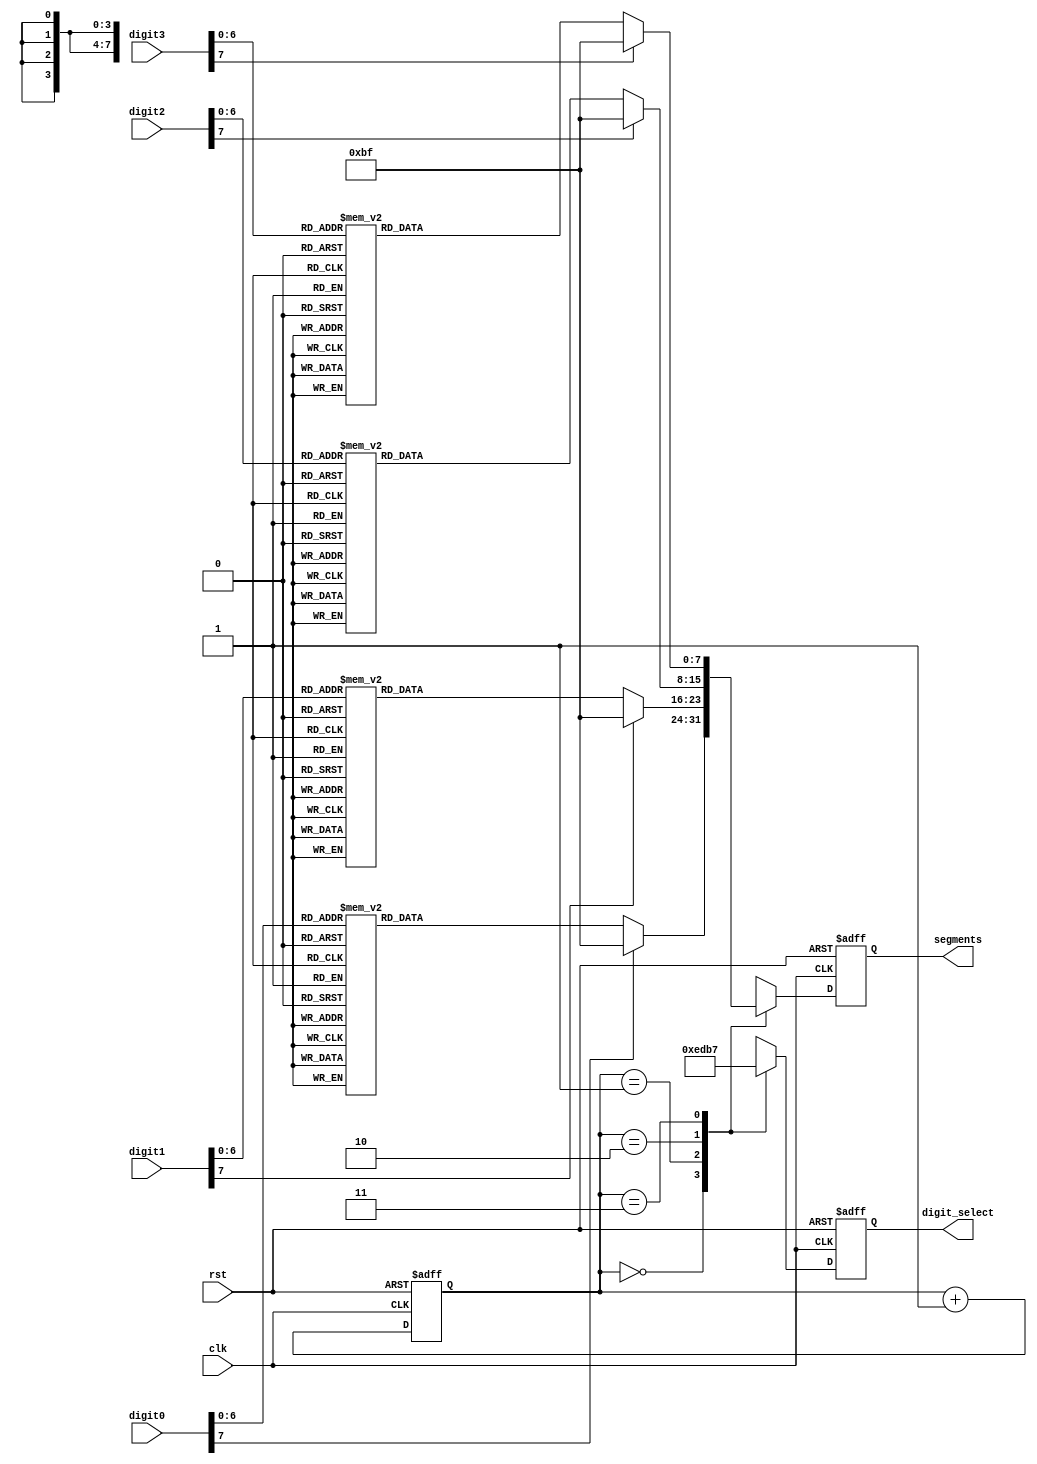
`timescale 1ns / 1ps
//////////////////////////////////////////////////////////////////////////////////
// Company: 
// Engineer: 
// 
// Design Name: 
// Module Name:    four_char_display 
// Project Name: 
// Target Devices: 
// Tool versions: 
// Description: 
//
// Dependencies: 
//
// Revision: 
// Revision 0.01 - File Created
// Additional Comments: 
//
//////////////////////////////////////////////////////////////////////////////////
module four_char_display(
	input [7:0] digit0,  //LSB
	input [7:0] digit1,
	input [7:0] digit2,
	input [7:0] digit3,  //MSB
	input clk,
	input rst,
	output reg [7:0] segments, //dp, g, f, e, d, c, b, a
	output reg [3:0] digit_select  //3 = MSB == AN0 on logicstart wing
    );

	reg [1:0] display_cnt;
	
	always @(posedge clk or posedge rst)
	begin
		if (rst)
 		 begin
			display_cnt <= 0;
			segments <= set_segments(0);
			digit_select <= 4'b1111;
		 end
		else
		 begin
			case (display_cnt)
				2'b00: begin
					segments <= set_segments(digit0);
					digit_select <= 4'b1110;
					end
				2'b01: begin
					segments <= set_segments(digit1);
					digit_select <= 4'b1101;
					end
				2'b10: begin
					segments <= set_segments(digit2);
					digit_select <= 4'b1011;
					end
				2'b11: begin
					segments <= set_segments(digit3);
					digit_select <= 4'b0111;
					end
				default: begin
					segments <= set_segments(0);
					digit_select <= 4'b1111;
					end
			endcase
			display_cnt <= display_cnt + 1'b1;
		 end
	end					
	
	function [7:0] set_segments;
		input [7:0] value;
		
		begin
		 case (value)
			8'h20: set_segments = 8'b11111111; //Space
			8'h21: set_segments = 8'b01111001; //!
			8'h2d: set_segments = 8'b10111111; //-
			8'h2e: set_segments = 8'b01111111; //.
			8'h30: set_segments = 8'b11000000; //0
			8'h31: set_segments = 8'b11111001; //1
			8'h32: set_segments = 8'b10100100; //2
			8'h33: set_segments = 8'b10110000; //3
			8'h34: set_segments = 8'b10011001; //4
			8'h35: set_segments = 8'b10010010; //5
			8'h36: set_segments = 8'b10000010; //6
			8'h37: set_segments = 8'b11111000; //7
			8'h38: set_segments = 8'b10000000; //8
			8'h39: set_segments = 8'b10011000; //9
			8'h41: set_segments = 8'b10001000; //A
			8'h42: set_segments = 8'b10000011; //B
			8'h43: set_segments = 8'b11000110; //C
			8'h44: set_segments = 8'b10100001; //D
			8'h45: set_segments = 8'b10000110; //E
			8'h46: set_segments = 8'b10001110; //F
			8'h47: set_segments = 8'b10000010; //G
			8'h48: set_segments = 8'b10001001; //H
			8'h49: set_segments = 8'b11001111; //I
			8'h4a: set_segments = 8'b11110001; //J
			8'h4b: set_segments = 8'b10001001; //K
			8'h4C: set_segments = 8'b11000111; //L
			8'h4D: set_segments = 8'b11001000; //M
			8'h4E: set_segments = 8'b11001000; //N
			8'h4F: set_segments = 8'b11000000; //0
			8'h50: set_segments = 8'b10001100; //P
			8'h51: set_segments = 8'b01000000; //Q
			8'h52: set_segments = 8'b10001000; //R
			8'h53: set_segments = 8'b10010010; //S
			8'h54: set_segments = 8'b10001111; //T
			8'h55: set_segments = 8'b11000001; //U
			8'h56: set_segments = 8'b11000001; //V
			8'h57: set_segments = 8'b11000001; //W
			8'h58: set_segments = 8'b10001001; //X
			8'h59: set_segments = 8'b10010001; //Y
			8'h5A: set_segments = 8'b10100100; //Z
			8'h61: set_segments = 8'b10001000; //a
			8'h62: set_segments = 8'b10000011; //b
			8'h63: set_segments = 8'b11000110; //c
			8'h64: set_segments = 8'b10100001; //d
			8'h65: set_segments = 8'b10000110; //e
			8'h66: set_segments = 8'b10001110; //f
			8'h67: set_segments = 8'b10000010; //g
			8'h68: set_segments = 8'b10001011; //h
			8'h69: set_segments = 8'b11001111; //i
			8'h6a: set_segments = 8'b11110001; //j
			8'h6b: set_segments = 8'b10001001; //k
			8'h6C: set_segments = 8'b11000111; //l
			8'h6D: set_segments = 8'b11001000; //m
			8'h6E: set_segments = 8'b11001000; //n
			8'h6F: set_segments = 8'b11000000; //o
			8'h70: set_segments = 8'b10001100; //p
			8'h71: set_segments = 8'b01000000; //q
			8'h72: set_segments = 8'b10001000; //r
			8'h73: set_segments = 8'b10010010; //s
			8'h74: set_segments = 8'b10001111; //t
			8'h75: set_segments = 8'b11000001; //u
			8'h76: set_segments = 8'b11000001; //v
			8'h77: set_segments = 8'b11000001; //w
			8'h78: set_segments = 8'b10001001; //x
			8'h79: set_segments = 8'b10010001; //y
			8'h7A: set_segments = 8'b10100100; //z
			default: set_segments = 8'b10111111; //-
		endcase
		end
	endfunction
endmodule